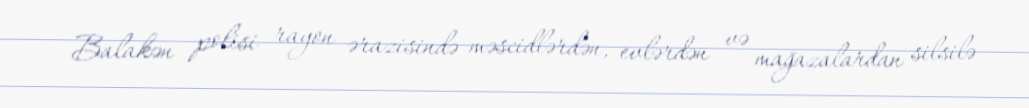
Balakən polisi rayon ərazisində məscidlərdən, evlərdən və mağazalardan silsilə